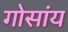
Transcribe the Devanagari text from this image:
गोसांय